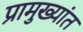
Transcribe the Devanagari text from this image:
प्रामुख्यांत